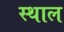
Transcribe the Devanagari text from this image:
स्‍थाल